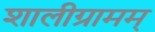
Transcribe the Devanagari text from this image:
शालीग्रामम्